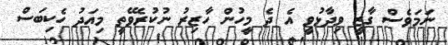
ނަމަވެސް ގާޒީ ވިދާޅުވީ އެ ދެ މީހުން ހާޒިރު ނުކުރެވޭތީ މިއަދު ހެކިބަސް